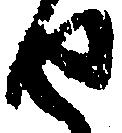
せ